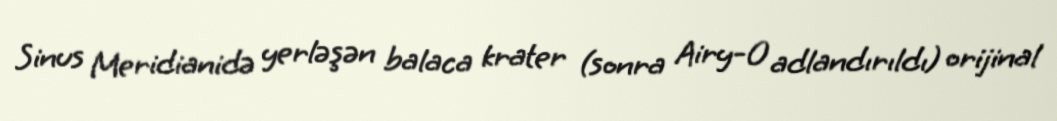
Sinus Meridianidə yerləşən balaca krater (sonra Airy-0 adlandırıldı) orijinal